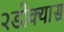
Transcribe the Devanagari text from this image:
२डोक्यास